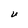
Character: U